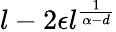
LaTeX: l-2\epsilon l^{\frac{1}{\alpha-d}}